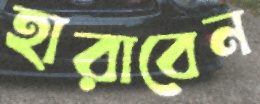
হারাবেন